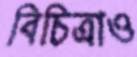
বিচিত্রাও